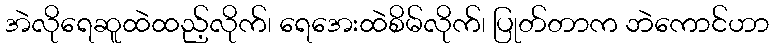
အဲလိုရေဆူထဲထည့်လိုက်၊ ရေအေးထဲစိမ်လိုက်၊ ပြုတ်တာက ဘဲကောင်ဟာ